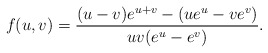
\begin{align*}f(u,v) = {(u-v)e^{u+v}-(ue^u-ve^v)\over u v (e^u - e^v)}.\end{align*}